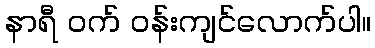
နာရီ ဝက် ဝန်းကျင်လောက်ပါ။